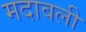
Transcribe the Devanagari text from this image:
मदावली